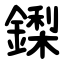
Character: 鏫